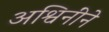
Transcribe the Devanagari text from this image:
अश्विनींने